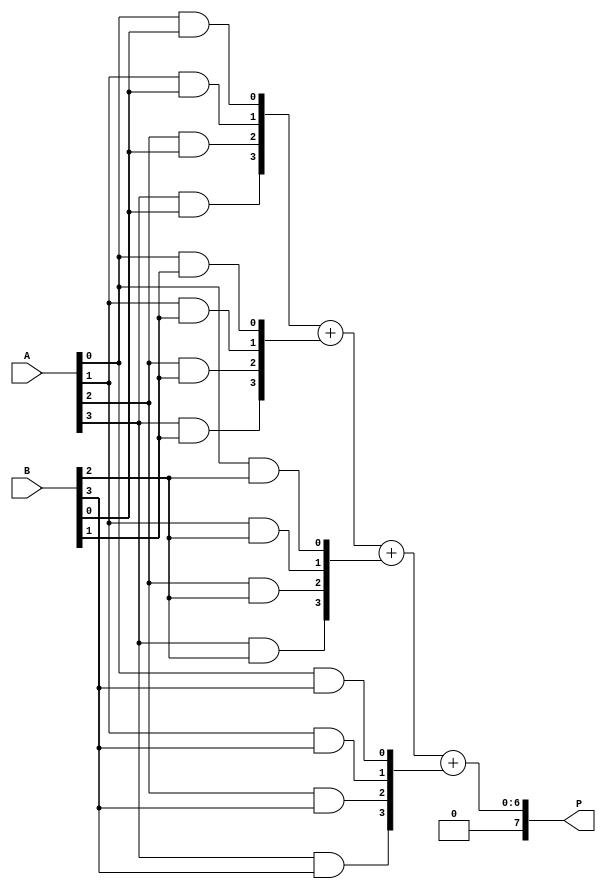
module VedicMultiplier #(parameter N = 4) (
    input  [N-1:0] A,  // N-bit input A
    input  [N-1:0] B,  // N-bit input B
    output [2*N-1:0] P  // 2N-bit output P (product)
);
    
    wire [N-1:0] pp [0:N-1]; // Partial products
    wire [2*N-1:0] sum [0:N-1]; // Sums of partial products

    // Generate partial products
    genvar i, j;
    generate
        for (i = 0; i < N; i = i + 1) begin : pp_gen
            for (j = 0; j < N; j = j + 1) begin : pp_inner
                assign pp[i][j] = A[j] & B[i]; // AND for partial product
            end
        end
    endgenerate

    // Initialize sums
    assign sum[0] = {N'b0, pp[0]}; // First partial product (N-bit)
    
    // Crosswise addition of partial products
    generate
        for (i = 1; i < N; i = i + 1) begin : add_stage
            // Add previous sums with the new partial product
            assign sum[i] = sum[i-1] + {i'b0, pp[i]}; // Shift and add
        end
    endgenerate

    // Final product is the last sum
    assign P = sum[N-1];

endmodule